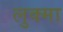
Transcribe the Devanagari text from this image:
लुक्मा